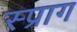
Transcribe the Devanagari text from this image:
स्प्राग